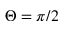
\Theta = \pi / 2